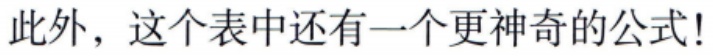
此外，这个表中还有一个更神奇的公式!